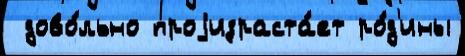
 дово́льно проjизраста́ет ро́д'ины